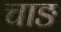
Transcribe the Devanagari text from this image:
चाङ